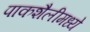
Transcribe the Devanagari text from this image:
पाकशैलीमध्ये